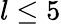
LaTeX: l\leq 5